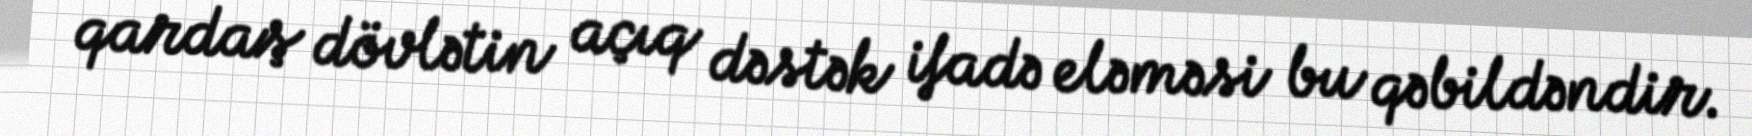
qardaş dövlətin açıq dəstək ifadə eləməsi bu qəbildəndir.